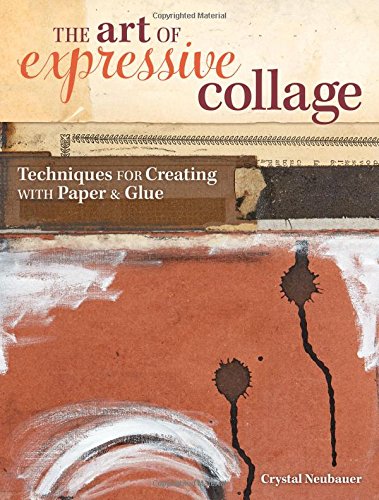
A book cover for The Art of Expressive Collage: Techniques for Creating with Paper and Glue; Crystal Neubauer; Crafts, Hobbies & Home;